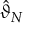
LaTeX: { \hat { \vartheta } } _ { N }